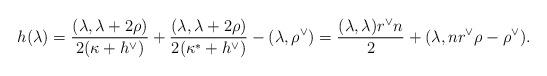
LaTeX: \begin{align*}h(\lambda) = \frac{(\lambda, \lambda + 2\rho)}{2 (\kappa+h^\vee)} + \frac{(\lambda, \lambda + 2\rho)}{2 (\kappa^*+h^\vee)} - (\lambda, \rho^\vee) = \frac{(\lambda,\lambda) r^\vee n }{2} + (\lambda, n r^\vee \rho -\rho^\vee).\end{align*}